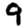
Digit: 9